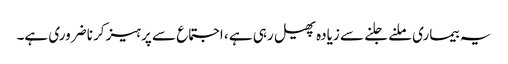
یہ بیماری ملنے جلنے سے زیادہ پھیل رہی ہے ، اجتماع سے پرہیز کرنا ضروری ہے۔